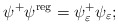
\begin{align*}\psi ^{+}\psi ^{{\rm reg}}=\psi _\varepsilon ^{+}\psi _\varepsilon ;\end{align*}